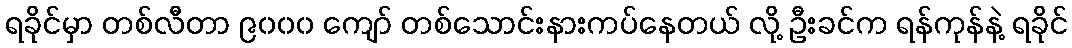
ရခိုင်မှာ တစ်လီတာ ၉၀၀၀ ကျော် တစ်သောင်းနားကပ်နေတယ် လို့ ဦးခင်က ရန်ကုန်နဲ့ ရခိုင်